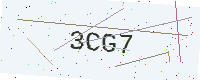
Text: 3CG7